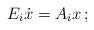
LaTeX: \begin{align*}E_i \dot x = A_i x\,;\end{align*}